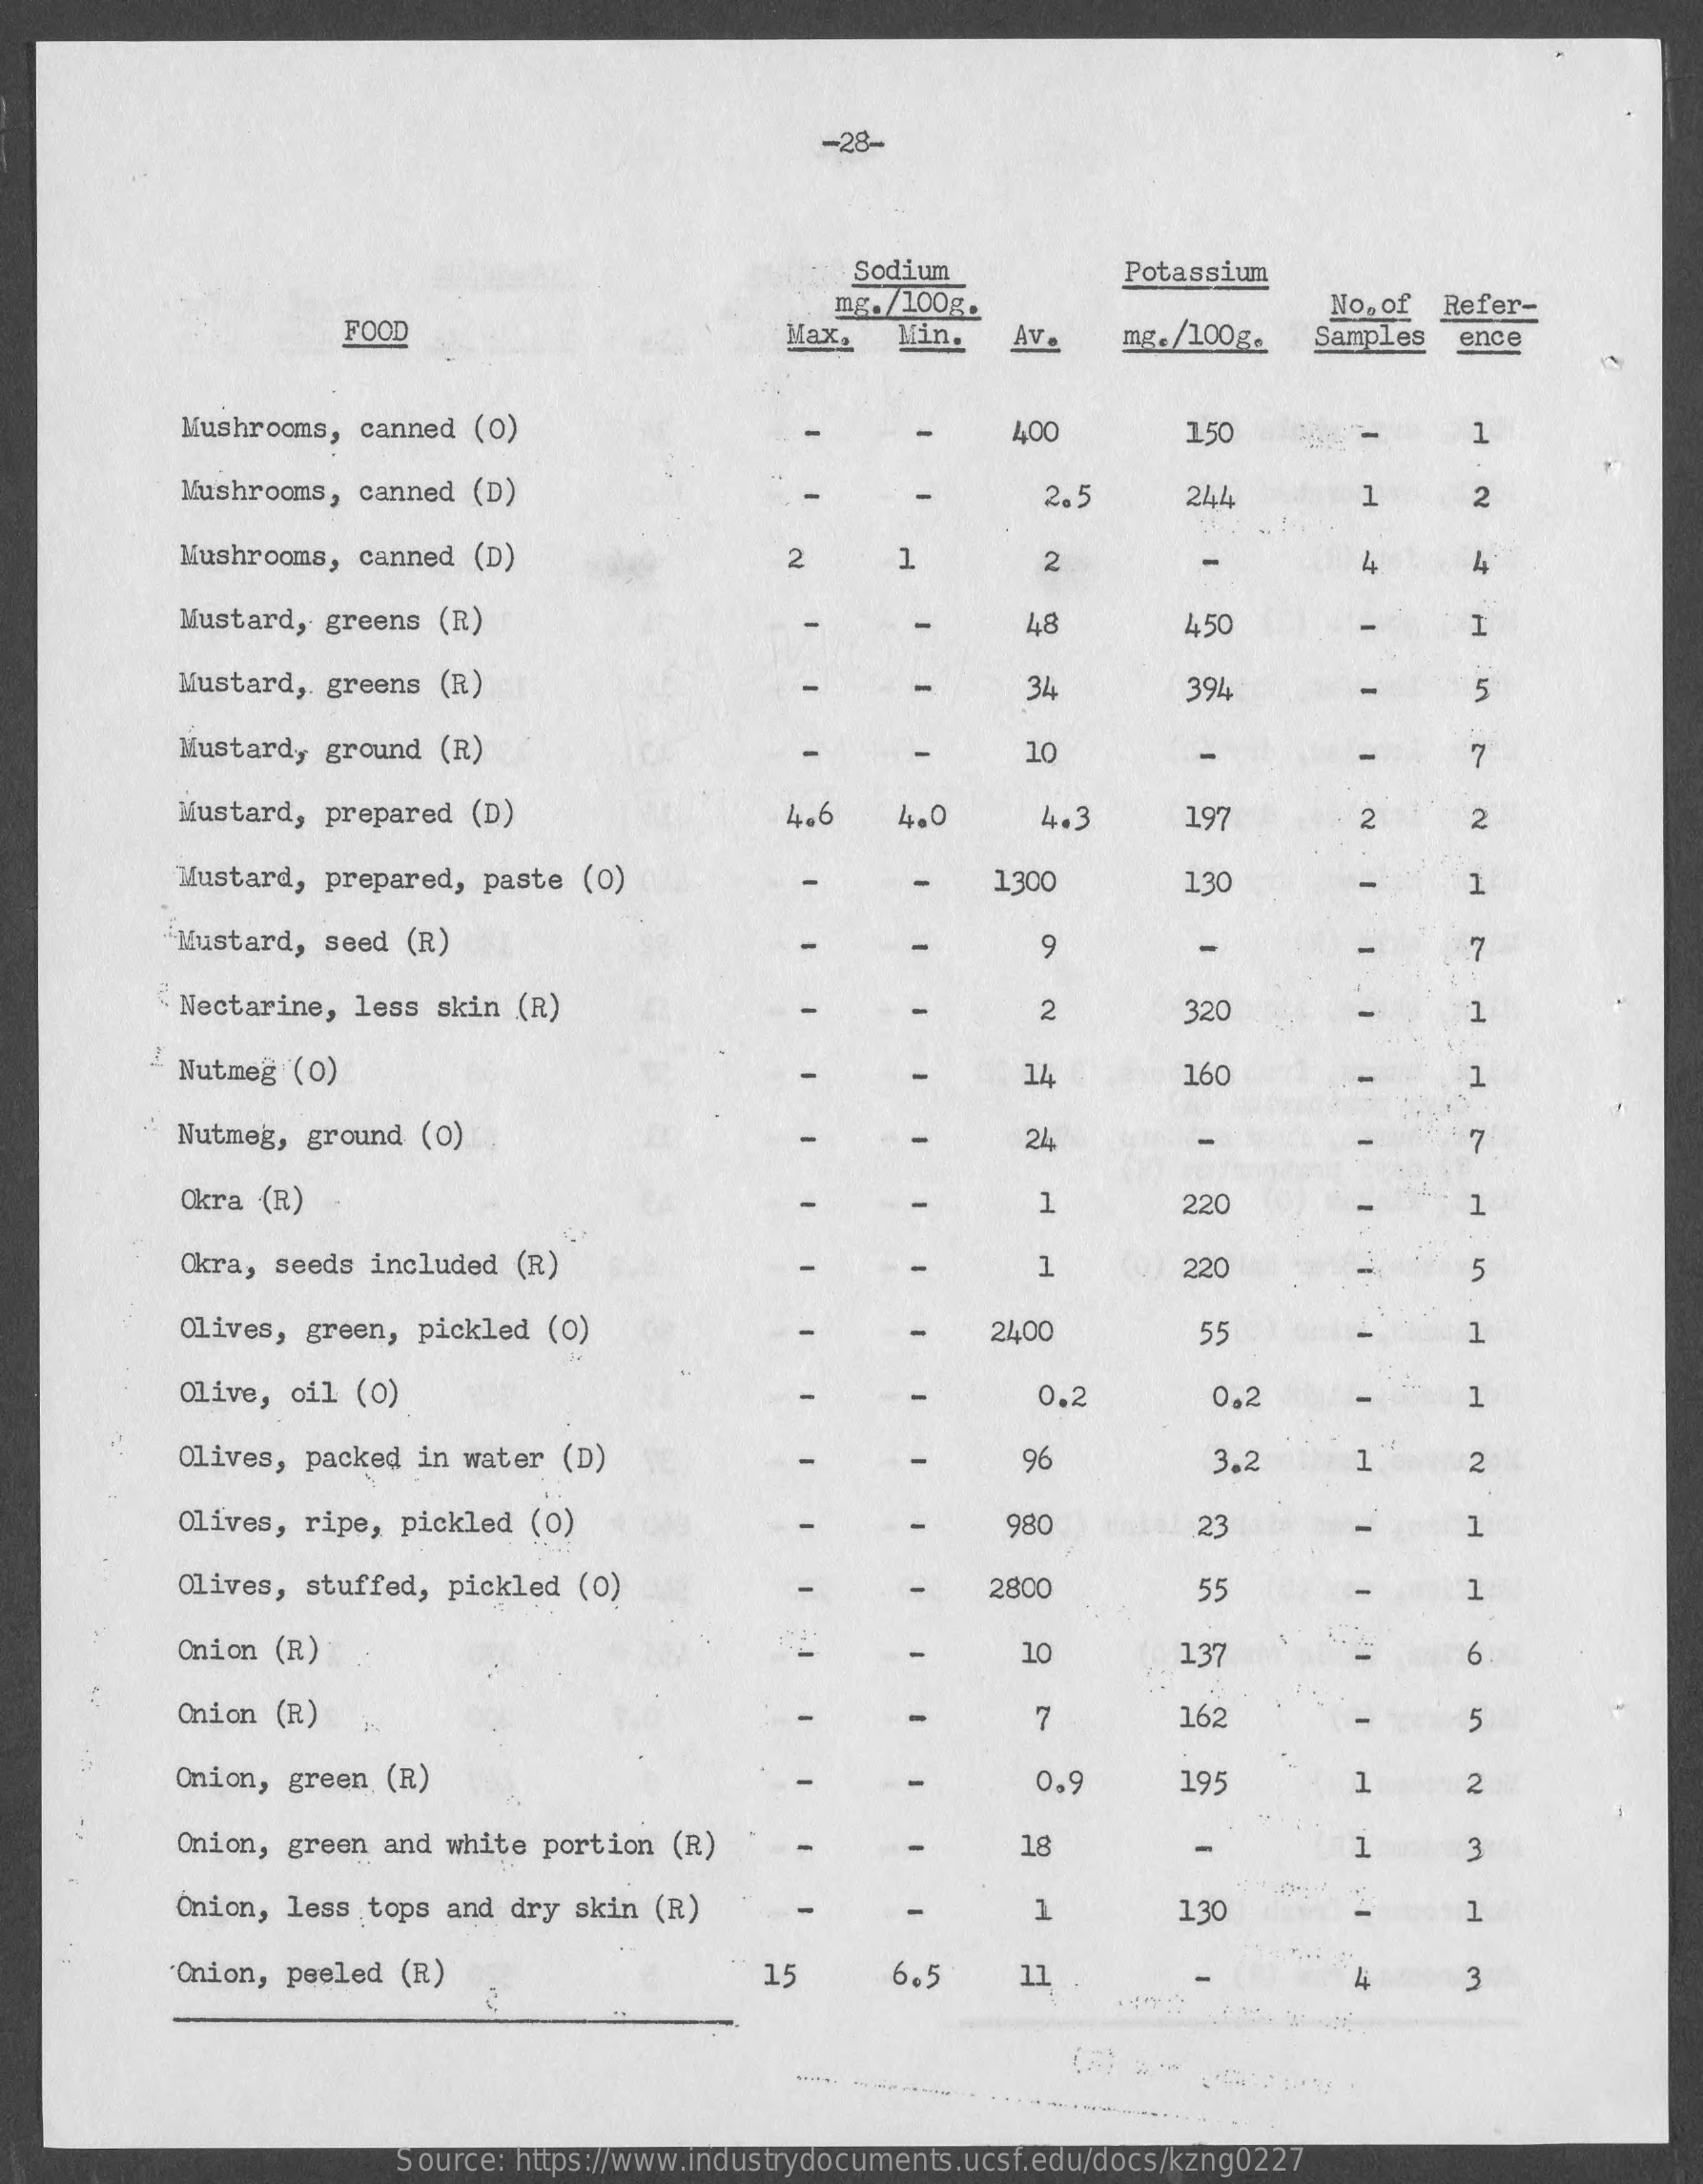
-28-
     Sodium
     mg. /100g.
     Potassium
     FOOD    Max,    Min.   Av.    mg. /100g.
     No. of Refer-
     Samples  ence
     Mushrooms, canned  (0)    400    150    1
     Mushrooms, canned  (D)    2.5    244    1    2
     Mushrooms, canned  (D)    2    1    2    44    4
     Mustard, greens  (R)    48    450    I
     Mustard, greens  (R)    34    39L    5
     Mustard, ground  (R)    10    7
     Mustard, prepared  (D)    4.6    4.0    4.    19    2    2
     Mustard, prepared, paste  (0)    1300    130    1
     "Mustard, seed (R)    9    .7
     Nectarine, less skin  (R)    2    320
     Nutmeg (0)    14    160    1
     Nutmeg,  ground (0)    24    7
     Okra (R)    1    220    1
     Okra, seeds included  (R)    1    220    5
     Olives, green, pickled  (0)    2400    55    1
     Olive, oil (0)    0.2    0.2    1
     Olives, packed in water  (D)    96    3.2    1    2
     Olives, ripe, pickled (0)    980    23    1
     Olives, stuffed, pickled  (0)    2800    55    1
     Onion (R)    10    137    6
     Onion (R)    7    162    5
     Onion, green (R)    0.9    195    1    2
     Onion, green and white portion  (R)    18    1    3
     Onion, less tops and dry skin  (R)    1    130    -    1
     Onion, peeled (R)    15    6.5    11    4    3
     Source: https://www.industrydocuments.ucsf.edu/docs/kzng0227